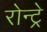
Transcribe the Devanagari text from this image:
रोन्ट्रे